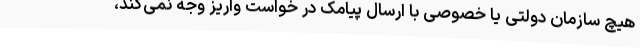
هیچ سازمان‌ دولتی یا خصوصی با ارسال پیامک در خواست واریز وجه نمی‌کند،